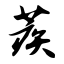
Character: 蒺